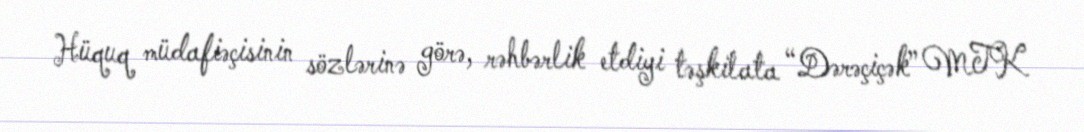
Hüquq müdafiəçisinin sözlərinə görə, rəhbərlik etdiyi təşkilata “Dərəçiçək” MTK